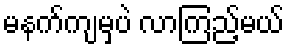
မနက်ကျမှပဲ လာကြည့်မယ်